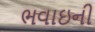
ભવાઇની